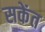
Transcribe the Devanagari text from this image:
सकेंत